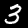
Label: 3